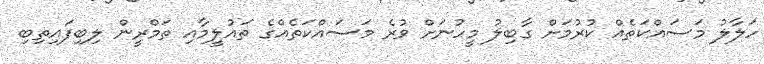
ހަލާލު މަސައްކަތެއް ކުރުމަށް ގާބިލު މީހުނަށް ވުރެ މަސައްކަތެއްގެ ތައުލީމާއި ތަމްރީން ލިބިފައިތިބި